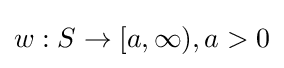
w:S\to [a,\infty ),a>0